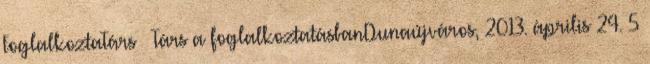
FoglalkoztaTárs – Társ a foglalkoztatásbanDunaújváros, 2013. április 24. 5